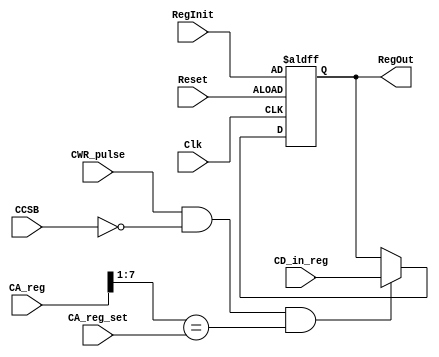

module RegCPUData(
RegOut,   
CA_reg_set, 
RegInit,  
          
Reset,    
Clk,      
CWR_pulse,
CCSB,
CA_reg,     
CD_in_reg
);
output[15:0]    RegOut; 
input[6:0]      CA_reg_set;  
input[15:0]     RegInit;
//
input           Reset;
input           Clk;
input           CWR_pulse;
input           CCSB;
input[7:0]      CA_reg;
input[15:0]     CD_in_reg;
// 
reg[15:0]       RegOut; 

always  @(posedge Reset or posedge Clk)
    if(Reset)
        RegOut      <=RegInit;
    else if (CWR_pulse && !CCSB && CA_reg[7:1] ==CA_reg_set[6:0])  
        RegOut      <=CD_in_reg;

endmodule